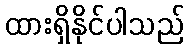
ထားရှိနိုင်ပါသည်